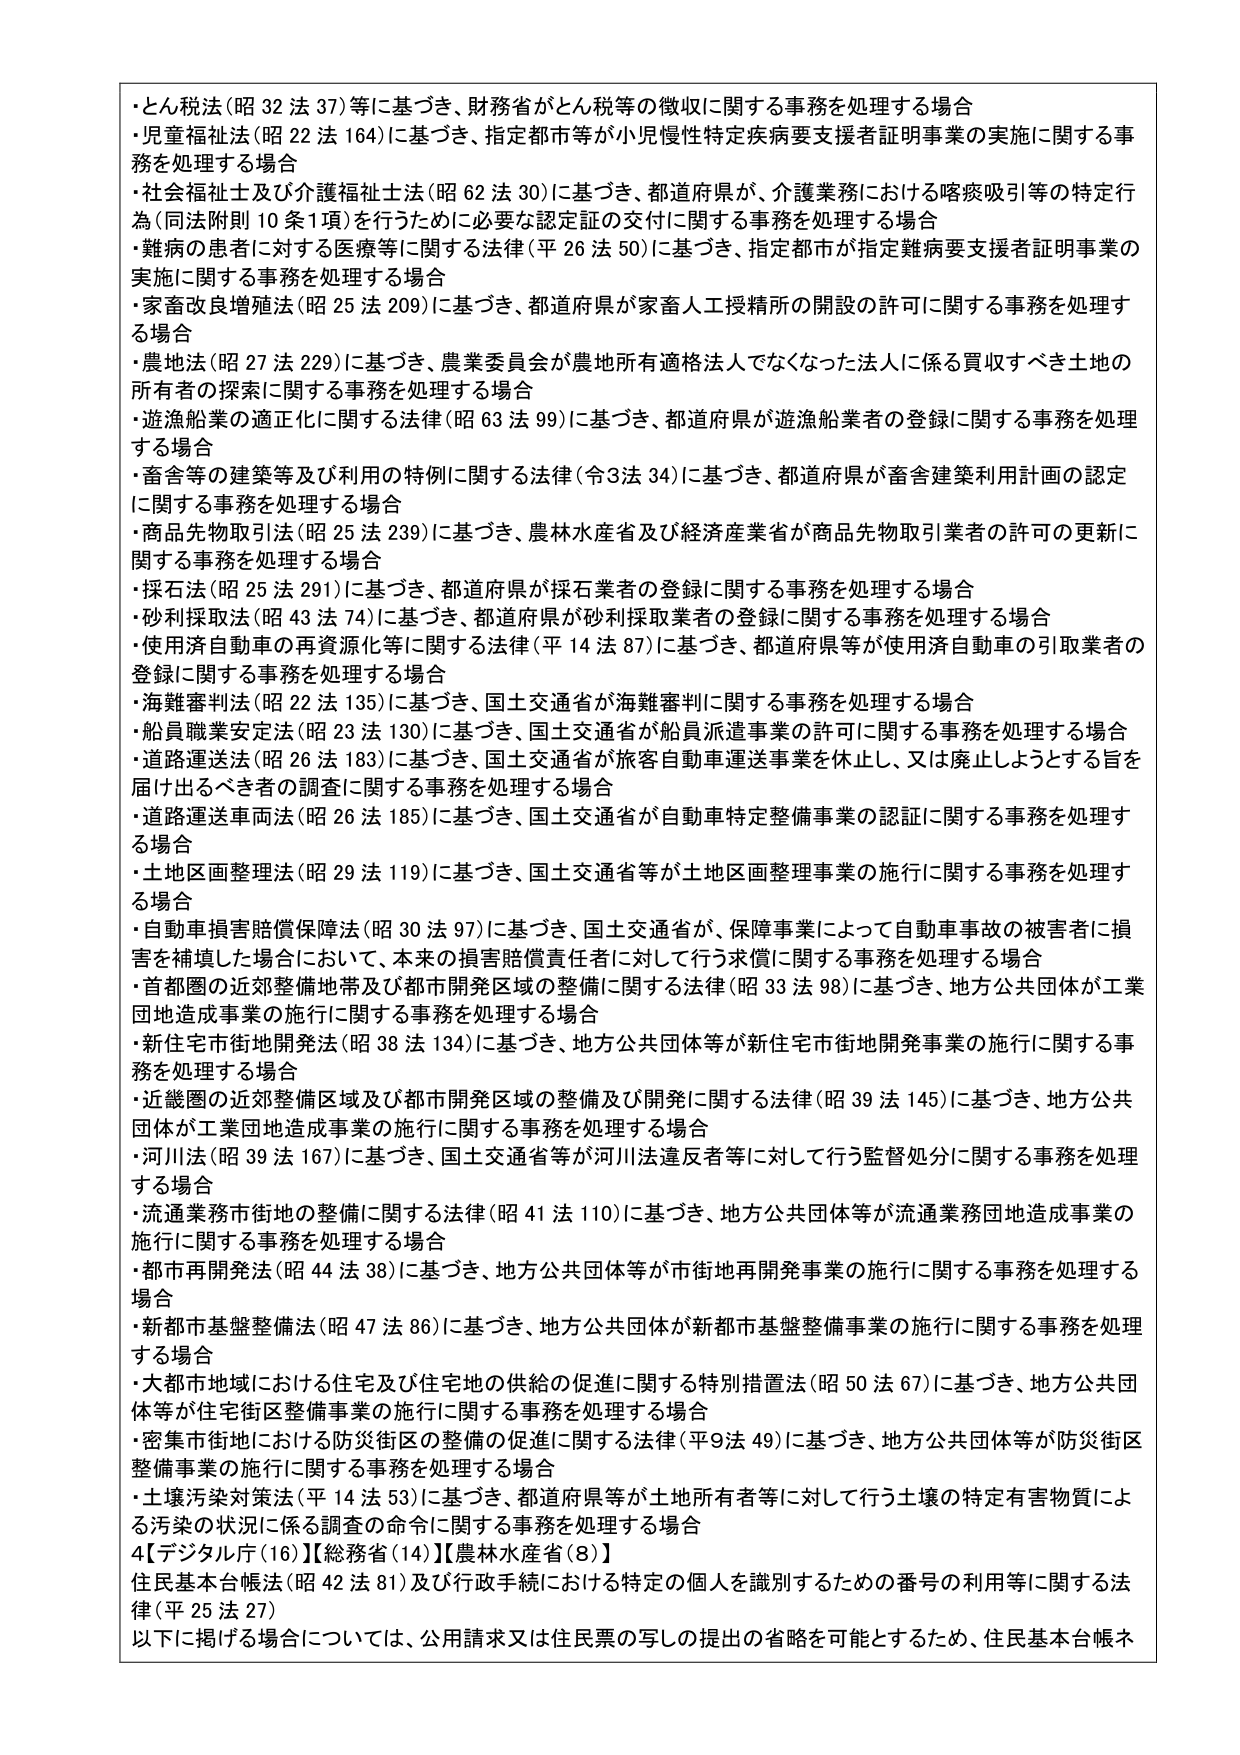
・とん税法（昭32法37）等に基づき、財務省がとん税等の徴収に関する事務を処理する場合
・児童福祉法（昭22法164）に基づき、指定都市等が小児慢性特定疾病要支援者証明事業の実施に関する事務を処理する場合
・社会福祉士及び介護福祉士法（昭62法30）に基づき、都道府県が、介護業務における喀痰吸引等の特定行為（同法附則10条1項）を行うために必要な認定証の交付に関する事務を処理する場合
・難病の患者に対する医療等に関する法律（平26法50）に基づき、指定都市が指定難病要支援者証明事業の実施に関する事務を処理する場合
・家畜改良増殖法（昭25法209）に基づき、都道府県が家畜人工授精所の開設の許可に関する事務を処理する場合
・農地法（昭27法229）に基づき、農業委員会が農地所有適格法人でなくなった法人に係る買収すべき土地の所有者の探索に関する事務を処理する場合
・遊漁船業の適正化に関する法律（昭63法99）に基づき、都道府県が遊漁船業者の登録に関する事務を処理する場合
・畜舎等の建築等及び利用の特例に関する法律（令3法34）に基づき、都道府県が畜舎建築利用計画の認定に関する事務を処理する場合
・商品先物取引法（昭25法239）に基づき、農林水産省及び経済産業省が商品先物取引業者の許可の更新に関する事務を処理する場合
・採石法（昭25法291）に基づき、都道府県が採石業者の登録に関する事務を処理する場合
・砂利採取法（昭43法74）に基づき、都道府県が砂利採取業者の登録に関する事務を処理する場合
・使用済自動車の再資源化等に関する法律（平14法87）に基づき、都道府県等が使用済自動車の引取業者の登録に関する事務を処理する場合
・海難審判法（昭22法135）に基づき、国土交通省が海難審判に関する事務を処理する場合
・船員職業安定法（昭23法130）に基づき、国土交通省が船員派遣事業の許可に関する事務を処理する場合
・道路運送法（昭26法183）に基づき、国土交通省が旅客自動車運送事業を休止し、又は廃止しようとする旨を届け出るべき者の調査に関する事務を処理する場合
・道路運送車両法（昭26法185）に基づき、国土交通省が自動車特定整備事業の認証に関する事務を処理する場合
・土地区画整理法（昭29法119）に基づき、国土交通省等が土地区画整理事業の施行に関する事務を処理する場合
・自動車損害賠償保障法（昭30法97）に基づき、国土交通省が、保障業によって自動車事故の被害者に損害を補填した場合において、本来の損害賠償責任者に対して行う求償に関する事務を処理する場合
・首都圏の近郊整備地域及び都市開発区域の整備に関する法律（昭33法98）に基づき、地方公共団体が工業団地造成事業の施行に関する事務を処理する場合
・新住宅市街地開発法（昭38法134）に基づき、地方公共団体等が新住宅市街地開発事業の施行に関する事務を処理する場合
・近畿圏の近郊整備区域及び都市開発区域の整備及び開発に関する法律（昭39法145）に基づき、地方公共団体が工業団地造成事業の施行に関する事務を処理する場合
・河川法（昭39法167）に基づき、国土交通省等が河川法違反者等に対して行う監督処分に関する事務を処理する場合
・流通業務市街地の整備に関する法律（昭41法110）に基づき、地方公共団体等が流通業務団地造成事業の施行に関する事務を処理する場合
・都市再開発法（昭44法38）に基づき、地方公共団体等が市街地再開発事業の施行に関する事務を処理する場合
・新都市基盤整備法（昭47法86）に基づき、地方公共団体が新都市基盤整備事業の施行に関する事務を処理する場合
・大都市地域における住宅及び住宅地の供給の促進に関する特別措置法（昭50法67）に基づき、地方公共団体等が住宅街区整備事業の施行に関する事務を処理する場合
・密集市街地における防災街区の整備の促進に関する法律（平9法49）に基づき、地方公共団体等が防災街区整備事業の施行に関する事務を処理する場合
・土壌汚染対策法（平14法53）に基づき、都道府県等が土地所有者等に対して行う土壌の特定有害物質による汚染の状況に係る調査の命令に関する事務を処理する場合
4【デジタル庁（16）】【総務省（14）】【農林水産省（8）】
住民基本台帳法（昭42法81）及び行政手続における特定の個人を識別するための番号の利用等に関する法律（平25法27）
以下に掲げる場合については、公用請求又は住民票の写しの提出の省略を可能とするため、住民基本台帳ネ